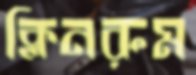
ক্লিনরুম